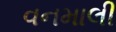
વનમાલી